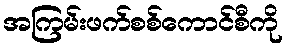
အကြမ်းဖက်စစ်ကောင်စီကို